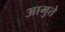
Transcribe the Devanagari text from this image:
आमुते